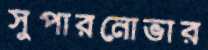
সুপারনোভার